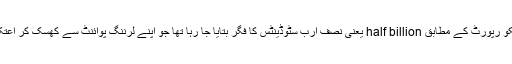
16 مارچ تک یونیسکو رپورٹ کے مطابق half billion یعنی نصف ارب سٹوڈینٹس کا فِگر بتایا جا رہا تھا جو اپنے لرننگ پوائنٹ سے کھسک کر اعتکاف میں جا بیٹھا ہے۔